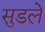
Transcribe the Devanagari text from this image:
सुडले